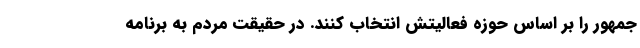
جمهور را بر اساس حوزه فعالیتش انتخاب کنند. در حقیقت مردم به برنامه